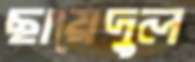
ছায়েদুল